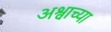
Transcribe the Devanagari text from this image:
अश्वाच्या